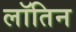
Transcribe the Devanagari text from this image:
लॉतिन